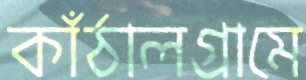
কাঁঠালগ্রামে